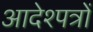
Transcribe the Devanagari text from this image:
आदेश्पत्रों